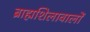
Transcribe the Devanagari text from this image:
ब्राह्मशिलावालों